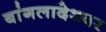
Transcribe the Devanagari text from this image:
बांगलादेशवर